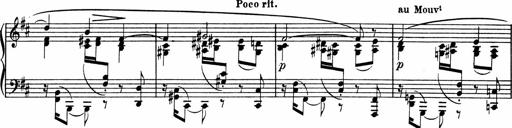
Title: Sonatine pour piano
Composer: Albert Roussel